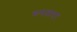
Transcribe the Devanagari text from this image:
रूपतारा